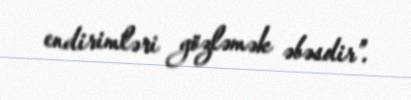
endirimləri gözləmək əbəsdir”.